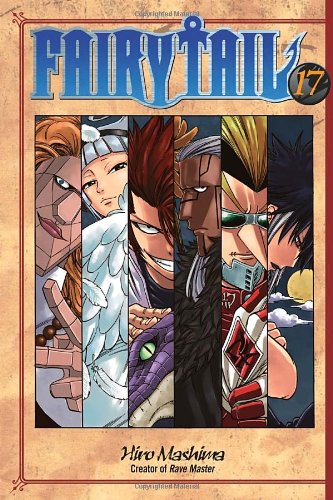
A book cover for Fairy Tail 17; Hiro Mashima; Children's Books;